Vaccine operations Central Provinces 1868-1885 - 1868-1885
Year: 1868
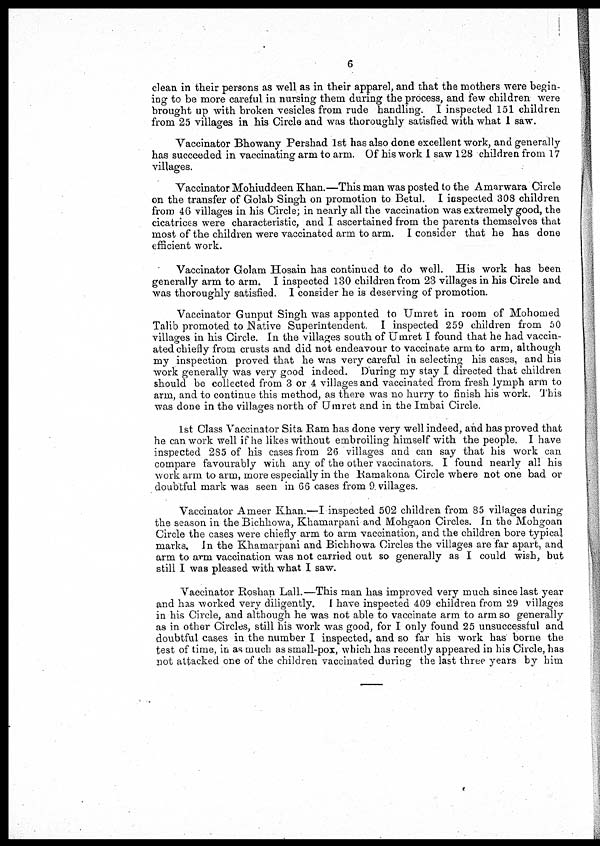
6
clean in their persons as well as in their apparel, and that the mothers were begin-
ing to be more careful in nursing them during the process, and few children were
brought up with broken vesicles from rude handling. I inspected 151 children
from 25 villages in his Circle and was thoroughly satisfied with what I saw.
Vaccinator Bhowany Pershad 1st has also done excellent work, and generally
has succeeded in vaccinating arm to arm. Of his work I saw 128 children from 17
villages.
Vaccinator Mohiuddeen Khan.—This man was posted to the Amarwara Circle
on the transfer of Golab Singh on promotion to Betul. I inspected 308 children
from 46 villages in his Circle; in nearly all the vaccination was extremely good, the
cicatrices were characteristic, and I ascertained from the parents themselves that
most of the children were vaccinated arm to arm. I consider that he has done
efficient work.
Vaccinator Golam Hosain has continued to do well. His work has been
generally arm to arm. I inspected 130 children from 23 villages in his Circle and
was thoroughly satisfied. I consider he is deserving of promotion.
Vaccinator Gunput Singh was apponted to Umret in room of Mohomed
Talib promoted to Native Superintendent. I inspected 259 children from 50
villages in his Circle. In the villages south of Umret I found that he had vaccin-
ated chiefly from crusts and did not endeavour to vaccinate arm to arm, although
my inspection proved that he was very careful in selecting his cases, and his
work generally was very good indeed. During my stay I directed that children
should be collected from 3 or 4 villages and vaccinated from fresh lymph arm to
arm, and to continue this method, as there was no hurry to finish his work, This
was done in the villages north of Umret and in the Imbai Circle.
1st Class Vaccinator Sita Ram has done very well indeed, and has proved that
he can work well if he likes without embroiling himself with the people. I have
inspected 285 of his cases from 26 villages and can say that his work can
compare favourably with any of the other vaccinators. I found nearly all his
work arm to arm, more especially in the Ramakona Circle where not one bad or
doubtful mark was seen in 66 cases from 9 villages.
Vaccinator Ameer Khan.—I inspected 502 children from 85 villages during
the season in the Bichhowa, Khamurpani and Mohgaon Circles. In the Mohgoan
Circle the cases were chiefly arm to arm vaccination, and the children bore typical
marks. In the Khamarpani and Bichhowa Circles the villages are far apart, and
arm to arm vaccination was not carried out so generally as I could wish, but
still I was pleased with what I saw.
Vaccinator Roshan Lall.—This man has improved very much since last year
and has worked very diligently. I have inspected 409 children from 29 villages
in his Circle, and although he was not able to vaccinate arm to arm so generally
as in other Circles, still his work was good, for I only found 25 unsuccessful and
doubtful cases in the number I inspected, and so far his work has borne the
test of time, in as much as small-pox, which has recently appeared in his Circle, has
not attacked one of the children vaccinated during the last three years by him